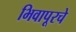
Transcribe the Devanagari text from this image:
भिवापूरचे